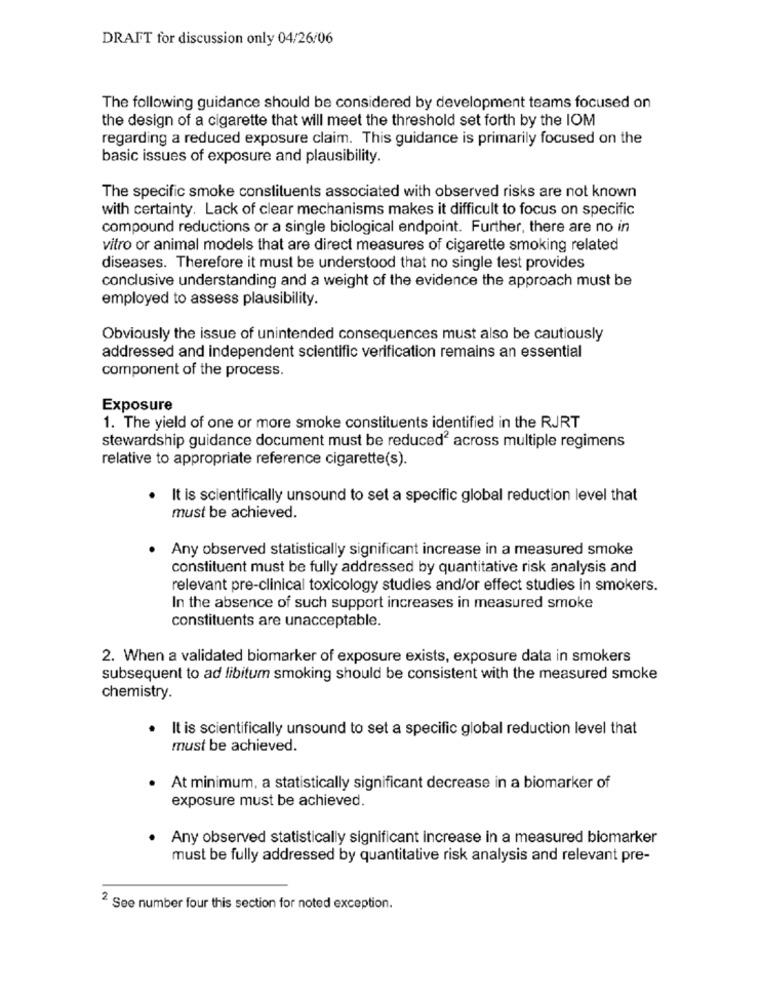
DRAFT for discussion only 04/26/06
The following guidance should be considered by development teams focused on
the design of a cigarette that will meet the threshold set forth by the IOM
regarding a reduced exposure claim. This guidance is primarily focused on the
basic issues of exposure and plausibility.
The specific smoke constituents associated with observed risks are not known
with certainty. Lack of clear mechanisms makes it difficult to focus on specific
compound reductions or a single biological endpoint. Further, there are no in
vitro or animal models that are direct measures of cigarette smoking related
diseases. Therefore it must be understood that no single test provides
conclusive understanding and a weight of the evidence the approach must be
employed to assess plausibility.
Obviously the issue of unintended consequences must also be cautiously
addressed and independent scientific verification remains an essential
component of the process.
Exposure
1. The yield of one or more smoke constituents identified in the RJRT
stewardship guidance document must be reduced2 across multiple regimens
relative to appropriate reference cigarette(s).
. It is scientifically unsound to set a specific global reduction level that
must be achieved.
Any observed statistically significant increase in a measured smoke
constituent must be fully addressed by quantitative risk analysis and
relevant pre-clinical toxicology studies and/or effect studies in smokers.
In the absence of such support increases in measured smoke
constituents are unacceptable.
2. When a validated biomarker of exposure exists, exposure data in smokers
subsequent to ad libitum smoking should be consistent with the measured smoke
chemistry.
. It is scientifically unsound to set a specific global reduction level that
must be achieved.
At minimum, a statistically significant decrease in a biomarker of
exposure must be achieved.
Any observed statistically significant increase in a measured biomarker
must be fully addressed by quantitative risk analysis and relevant pre-
2 See number four this section for noted exception.